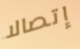
إتصالا